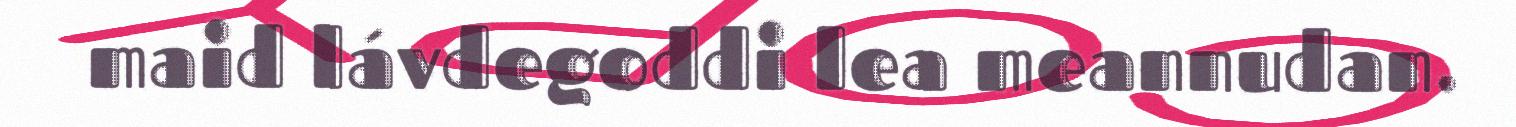
maid lávdegoddi lea meannudan.